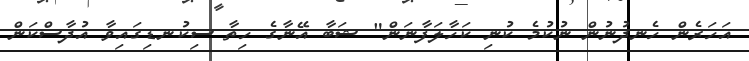
އަހަރެން ހެނދުނުން ނުކުމެ ކުނި ކަހާލަފާނަން" ޝަބާ އޭނާގެ ހިތާ ސިކުނޑިގައިވާ އުދާސްކަން